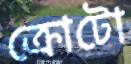
ক্রোটো